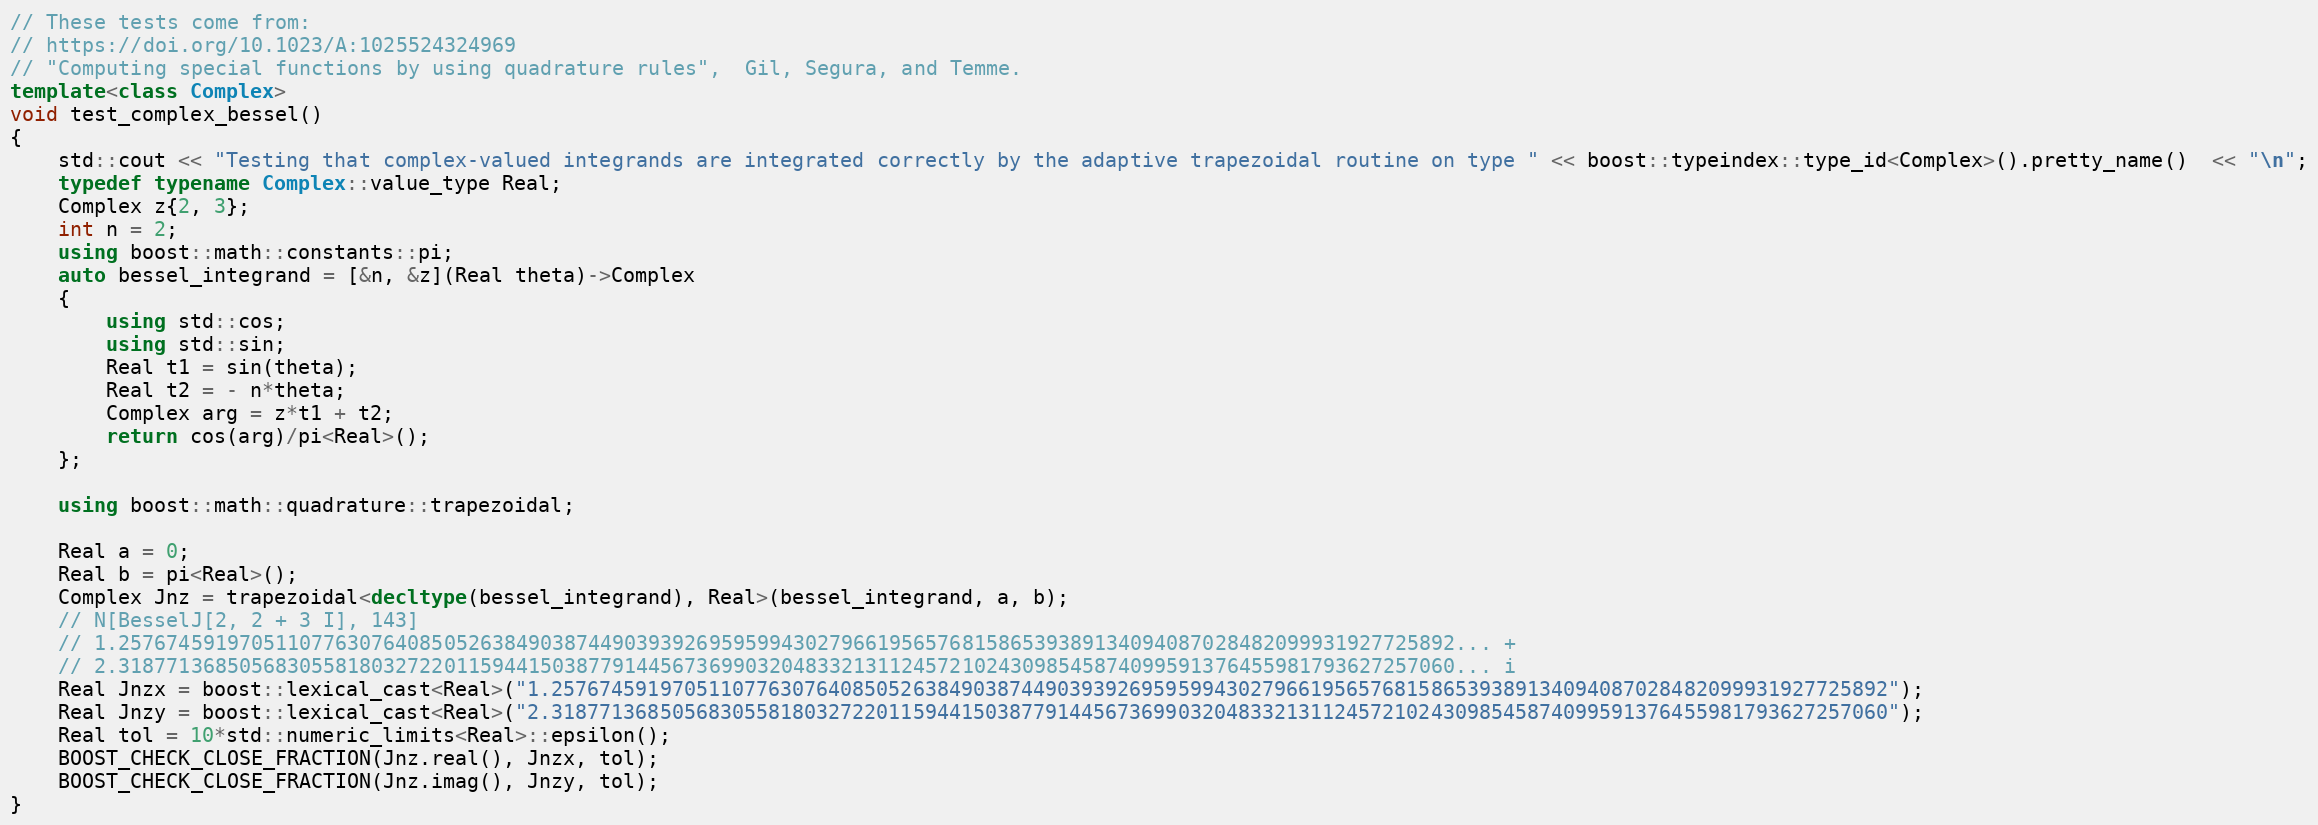
Language: C++
// These tests come from:
// https://doi.org/10.1023/A:1025524324969
// "Computing special functions by using quadrature rules",  Gil, Segura, and Temme.
template<class Complex>
void test_complex_bessel()
{
    std::cout << "Testing that complex-valued integrands are integrated correctly by the adaptive trapezoidal routine on type " << boost::typeindex::type_id<Complex>().pretty_name()  << "\n";
    typedef typename Complex::value_type Real;
    Complex z{2, 3};
    int n = 2;
    using boost::math::constants::pi;
    auto bessel_integrand = [&n, &z](Real theta)->Complex
    {
        using std::cos;
        using std::sin;
        Real t1 = sin(theta);
        Real t2 = - n*theta;
        Complex arg = z*t1 + t2;
        return cos(arg)/pi<Real>();
    };

    using boost::math::quadrature::trapezoidal;

    Real a = 0;
    Real b = pi<Real>();
    Complex Jnz = trapezoidal<decltype(bessel_integrand), Real>(bessel_integrand, a, b);
    // N[BesselJ[2, 2 + 3 I], 143]
    // 1.257674591970511077630764085052638490387449039392695959943027966195657681586539389134094087028482099931927725892... +
    // 2.318771368505683055818032722011594415038779144567369903204833213112457210243098545874099591376455981793627257060... i
    Real Jnzx = boost::lexical_cast<Real>("1.257674591970511077630764085052638490387449039392695959943027966195657681586539389134094087028482099931927725892");
    Real Jnzy = boost::lexical_cast<Real>("2.318771368505683055818032722011594415038779144567369903204833213112457210243098545874099591376455981793627257060");
    Real tol = 10*std::numeric_limits<Real>::epsilon();
    BOOST_CHECK_CLOSE_FRACTION(Jnz.real(), Jnzx, tol);
    BOOST_CHECK_CLOSE_FRACTION(Jnz.imag(), Jnzy, tol);
}